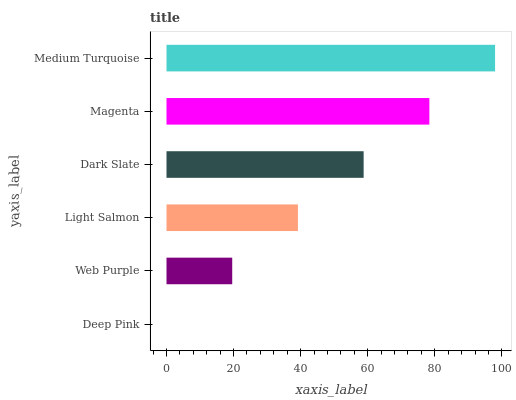
| yaxis_label | bars |
 | --- | --- |
 | Deep Pink | 0 |
 | Web Purple | 19.6 |
 | Light Salmon | 39.2 |
 | Dark Slate | 58.8 |
 | Magenta | 78.4 |
 | Medium Turquoise | 98 |